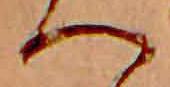
へ